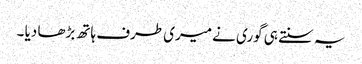
یہ سنتے ہی گوری نے میری طرف ہاتھ بڑھا دیا ۔